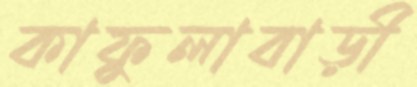
কাফুলাবাড়ী